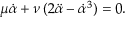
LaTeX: \mu { \dot { \alpha } } + \nu \, ( 2 { \ddot { \alpha } } - { \dot { \alpha } } ^ { 3 } ) = 0 .